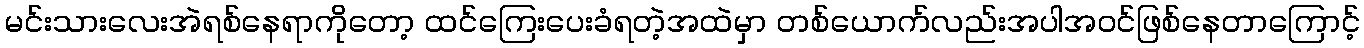
မင်းသားလေးအဲရစ်နေရာကိုတော့ ထင်ကြေးပေးခံရတဲ့အထဲမှာ တစ်ယောက်လည်းအပါအဝင်ဖြစ်နေတာကြောင့်